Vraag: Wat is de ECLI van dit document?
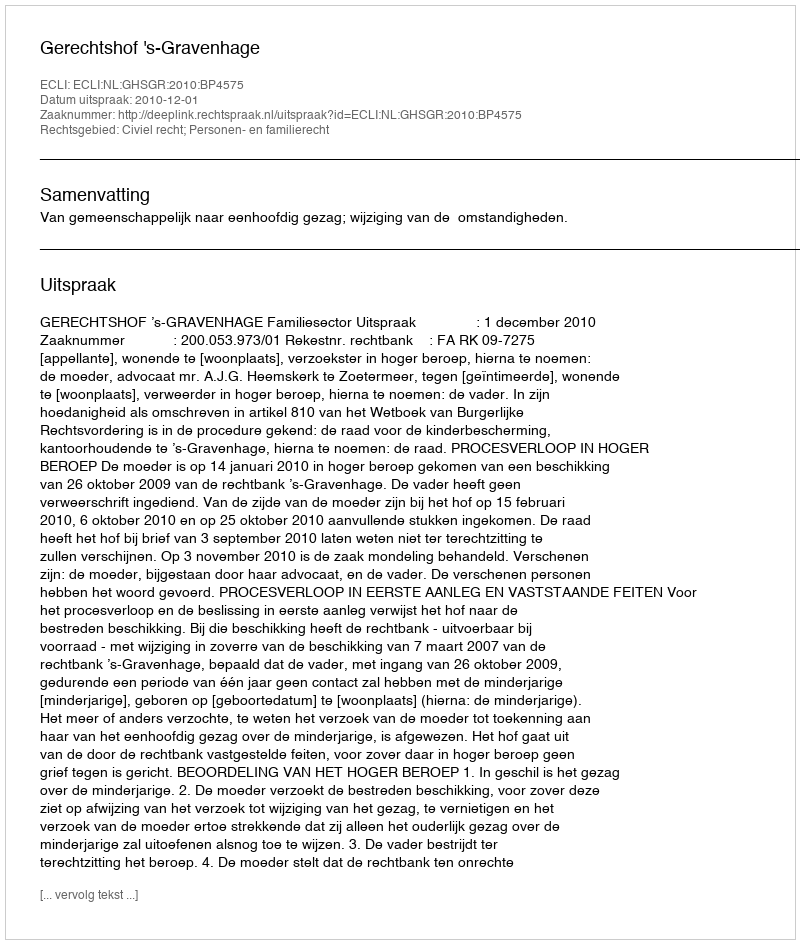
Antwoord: ECLI:NL:GHSGR:2010:BP4575